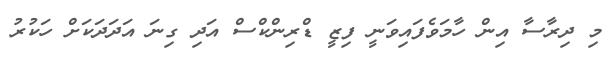
މި ދިރާސާ އިން ހާމަވެފައިވަނީ ފިޒީ ޑްރިންކްސް އަދި ގިނަ އަދަދަކަށް ހަކުރު